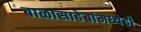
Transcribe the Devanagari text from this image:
बाळासाहेबांमध्येही